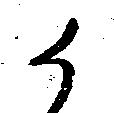
候